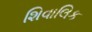
શિવાલિક